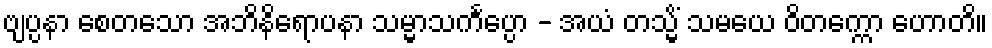
ဗျပ္ပနာ စေတသော အဘိနိရောပနာ သမ္မာသင်္ကပ္ပော - အယံ တသ္မိံ သမယေ ဝိတက္ကော ဟောတိ။